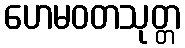
ဟေမဝတသုတ္တ